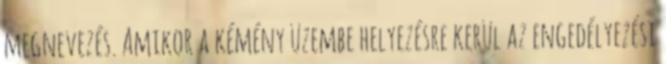
megnevezés. Amikor a kémény üzembe helyezésre kerül az engedélyezési